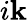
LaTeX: i\mathbf{k}